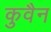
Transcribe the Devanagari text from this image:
कुवैन